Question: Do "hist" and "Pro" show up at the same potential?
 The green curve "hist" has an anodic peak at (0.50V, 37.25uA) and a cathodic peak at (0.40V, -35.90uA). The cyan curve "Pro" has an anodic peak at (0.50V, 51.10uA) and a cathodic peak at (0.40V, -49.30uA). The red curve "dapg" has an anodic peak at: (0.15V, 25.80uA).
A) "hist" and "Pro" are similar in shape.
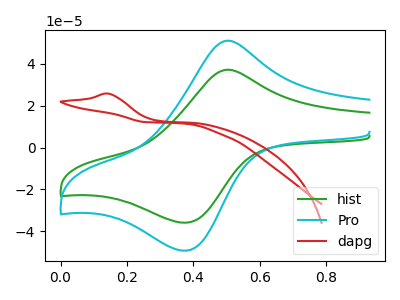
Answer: <think>All the peaks in "hist" have a peak in "Pro" at the same potential. Every peak in "hist" is lower than every peak in "Pro".
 </think>
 <answer>A) "hist" and "Pro" are similar in shape.</answer>
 <eval>A</eval>